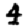
Digit: 4